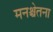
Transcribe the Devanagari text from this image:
मनश्चेतना